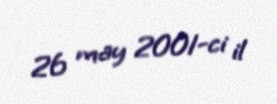
26 may 2001-ci il